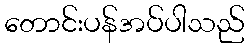
တောင်းပန်အပ်ပါသည်